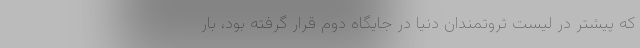
که پیشتر در لیست ثروتمندان دنیا در جایگاه دوم قرار گرفته بود، بار